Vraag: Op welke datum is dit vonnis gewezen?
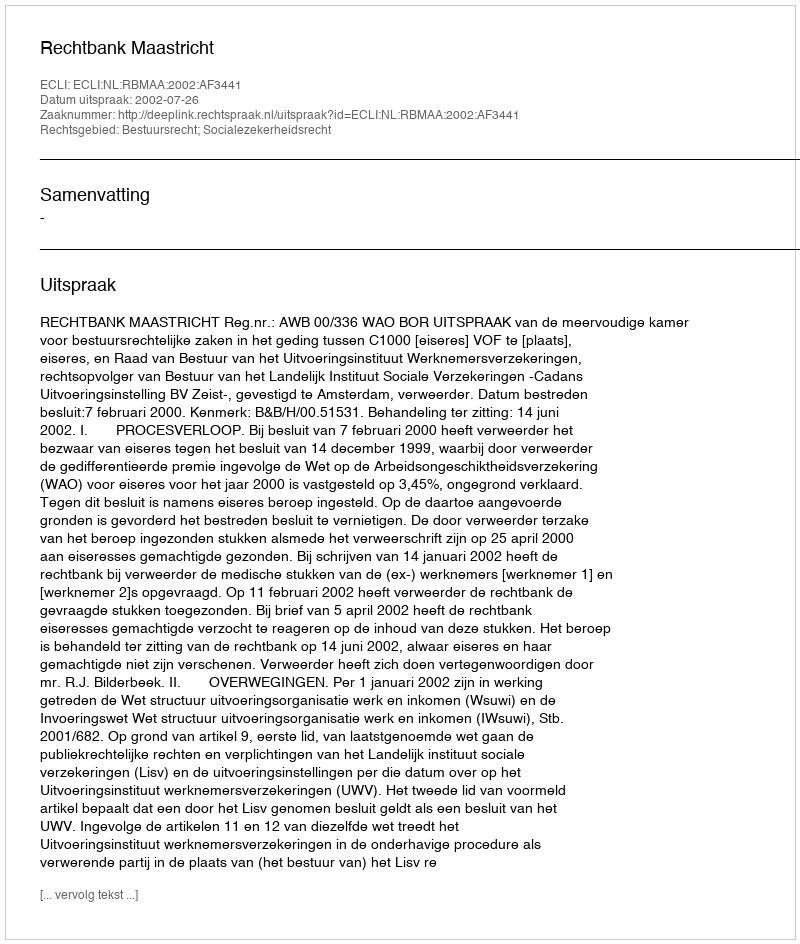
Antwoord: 2002-07-26